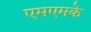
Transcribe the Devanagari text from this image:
एमएमके